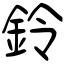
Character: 鈴